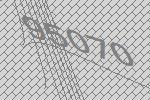
95070